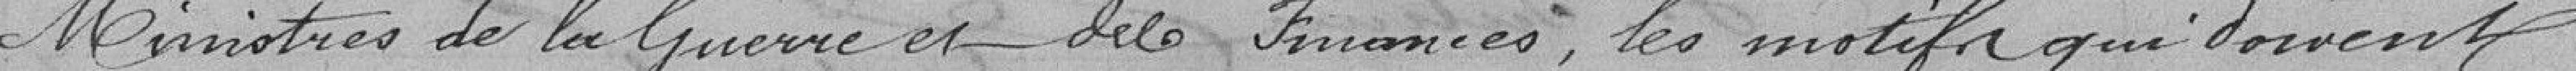
Ministres de la Guerre et des Finances, les motifs qui doivent